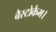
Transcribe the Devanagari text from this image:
बैस्टोकैम।